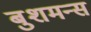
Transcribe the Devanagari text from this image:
बुशमन्स